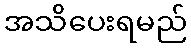
အသိပေးရမည်